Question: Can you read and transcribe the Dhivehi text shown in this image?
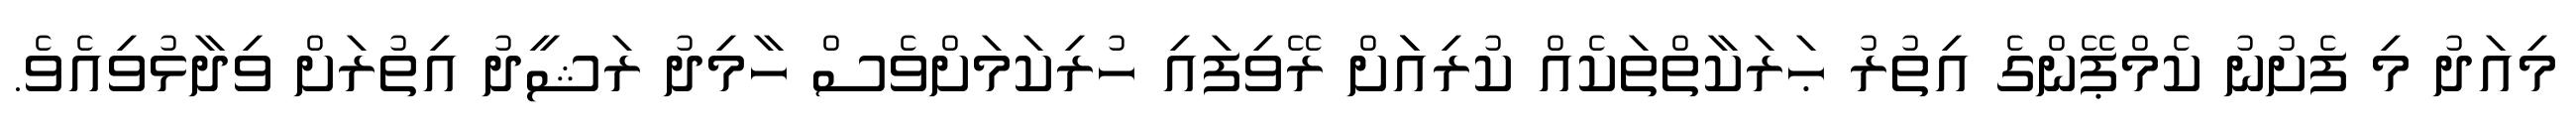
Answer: މިއަދު މި ފެށުނު ކެމްޕޭންގެ އިތުރު ޙަރަކާތްތަކެއް ކުރިއަަށް ރޭވިފައި ހުރިކަމަށްވެސް ހާމިދު ރަޝީދު އިތުރަށް ވިދާޅުވިއެވެ.